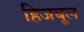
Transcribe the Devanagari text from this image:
हिजबूल